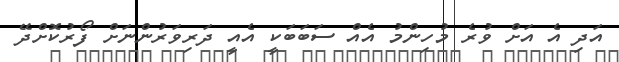
އަދި އެ އަށް ވުރެ މުހިންމު އެއް ސަބަބަކީ އެއީ ދަރިވަރުންނަށް ފޯރުކޮށްދޭ